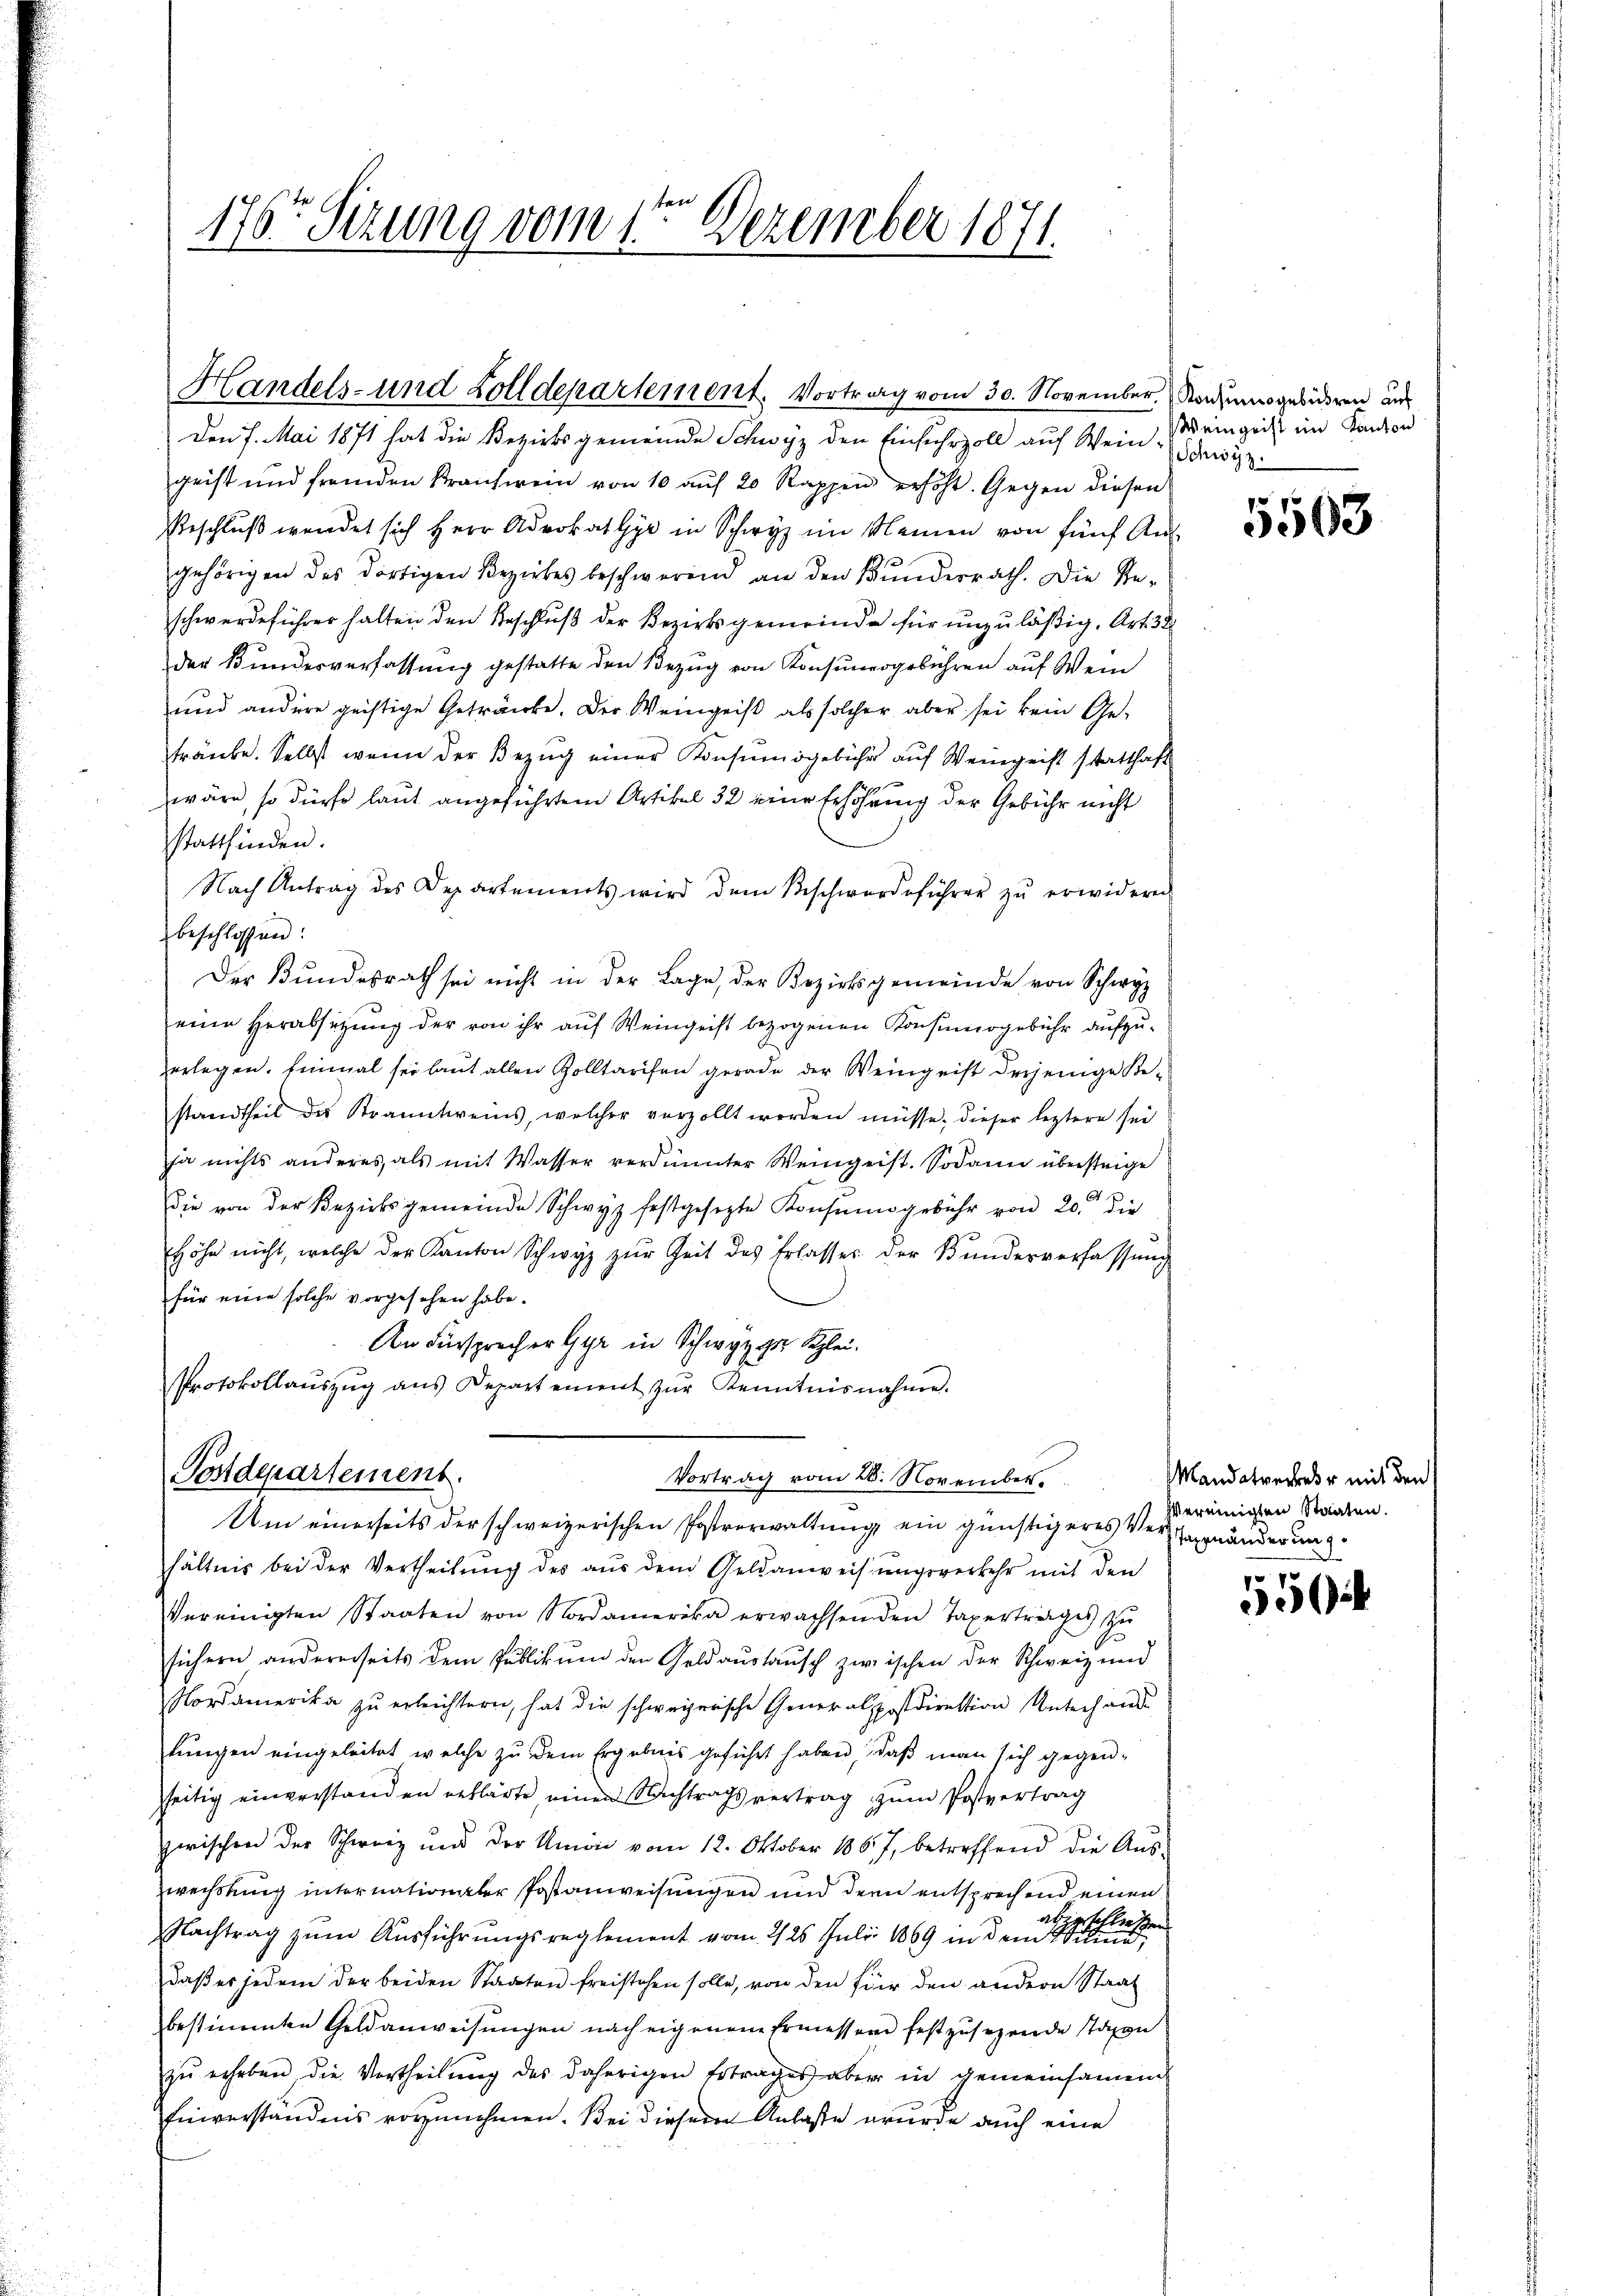
176 Sizung vom 1te͇n Dezember 1871

Handels- und Zolldepartement. Vortrag vom 30. November. Nachungebiren aus

Den 7. Mai 1871 hat die Bezirksgemeinde Schwyz den Einfuhrzoll auf Wein, eingrist im Kanton
geist und fremden Kranchwein von 10 auf 20 Rappen erhöht. Gegen diesen
Beschluß wendet sich Herr Advokat Gyr in Schwyz im Namen von fünf Auf-
gehörigen des dortigen Bezirkes beschwerend an den Bundesrath. Die Reschwerdeführer halten den Beschluß der Bezirksgemeinde für unzuläßig, Art. 38
der Bundesverfassŭng gestatte den Bezŭg von Konsunergebühren auf Wein
und andere geistige Getränke. Der Weingeist als solcher aber sei kein Ge-
tränke. Selbst wenn der Bezug einer Konsumsgebühr auf Weingeist statthaft
wäre, so dürfe laut angeführten Artikel 32 eine Erhöhung der Gebühr nicht
stattfinden.
Nach Antrag des Departements wird dem Beschwerdeführer zŭ erwideren
beschlossen:
Der Bŭndesrath sei nicht in der Lage, der Bezirksgemeinde von Schwyz
eine Herabsitzung der von ihr auf Weingeist bezogenen Konsinogebühr aufzuerlegen. Einmal sei laut allen Zolltarifen gerade der Weingeist derjenige Bestandtheil des Stranntweins, welcher vorzollt werden müsse, dieser leztere sei
ja nichts anderes, als mit Wasser verdünnter Weingeist. Sodann übersteige
die von der Bezirksgemeinde Schwyz festgesezte Konsŭngebühr von 20. die
Höhe nicht, welche der Kanton Schwyz zŭr Zeit des Erlasser der Bundesverfassung
für eine solche vorgesehen habe.
An Fürsprecher Gyr in Schwyzer Klei¬
Protokollaŭszŭg ans Departement zŭr Kenntnisnahme.

Postdepartement.
Vortrag vom 28. November.
Um einerseits der schweizerischen Postverwaltung ein günstigeres Ver¬

hältnis bei der Vertheilŭng des aŭs dem Geldanweisŭngsverkehr mit den
Vereinigten Staaten von Nordamerika erwachsenden Taxertrages zŭ
sichern andererseits dem Publikŭm den Geldaustausch zwischen der Schweiz und
Nordamerika zŭ erleichtern, hat die schweizerische Generalppostdirektion Unterhause
lungen eingeleitet, welche zu dem Ergebnis geführt haben, daß man sich gegensseitig einverstanden erklärte, einen Nachtragsvertrag zum Postvertrag
zwischen der Schweiz und der Union vom 12. Oktober 1867, betreffend die Aus-
wechstung internationaler Postanweisungen und dern entsprechend einen
Nachtrag zum Ausführungsreglement vom 225. Juli 1869 in den a
daß er jedem der beiden Staaten freistehen solle, von den für den andern Staat
bestimmten Geldanweisungen nach eigenem Ermessen festzusehende Taxen
zu erheben die Vortheilung des daherigen Ertrages aber in gemeinsamen
Einverständnis vorzunehmen. Bei diesem Anlasse wurde auch eine

Schwyz.

5503

Mandatverkehr mit den
vereinigten Staaten.
Tagenanderung

5
ei